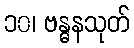
၁၀၊ ဗန္ဓနသုတ်